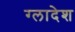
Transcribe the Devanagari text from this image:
ग्लादेश